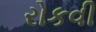
રોકવી